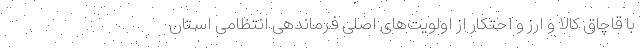
با قاچاق کالا و ارز و احتکار از اولویت‌های اصلی فرماندهی انتظامی استان